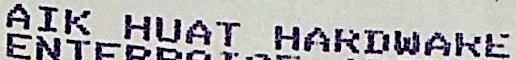
AIK HUAT HARDWARE